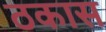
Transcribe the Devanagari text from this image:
ठकास